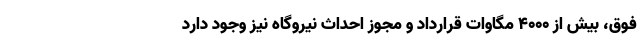
فوق، بیش از ۴۰۰۰ مگاوات قرارداد و مجوز احداث نیروگاه نیز وجود دارد